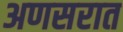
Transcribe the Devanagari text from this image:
अणसरात